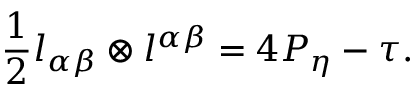
\frac { 1 } { 2 } l _ { \alpha \beta } \otimes l ^ { \alpha \beta } = 4 P _ { \eta } - \tau .